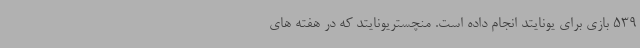
539 بازی برای یونایتد انجام داده است. منچستریونایتد که در هفته های